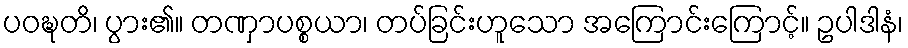
ပဝဍ္ဎတိ၊ ပွား၏။ တဏှာပစ္စယာ၊ တပ်ခြင်းဟူသော အကြောင်းကြောင့်။ ဥပါဒါနံ၊